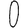
Digit: 0